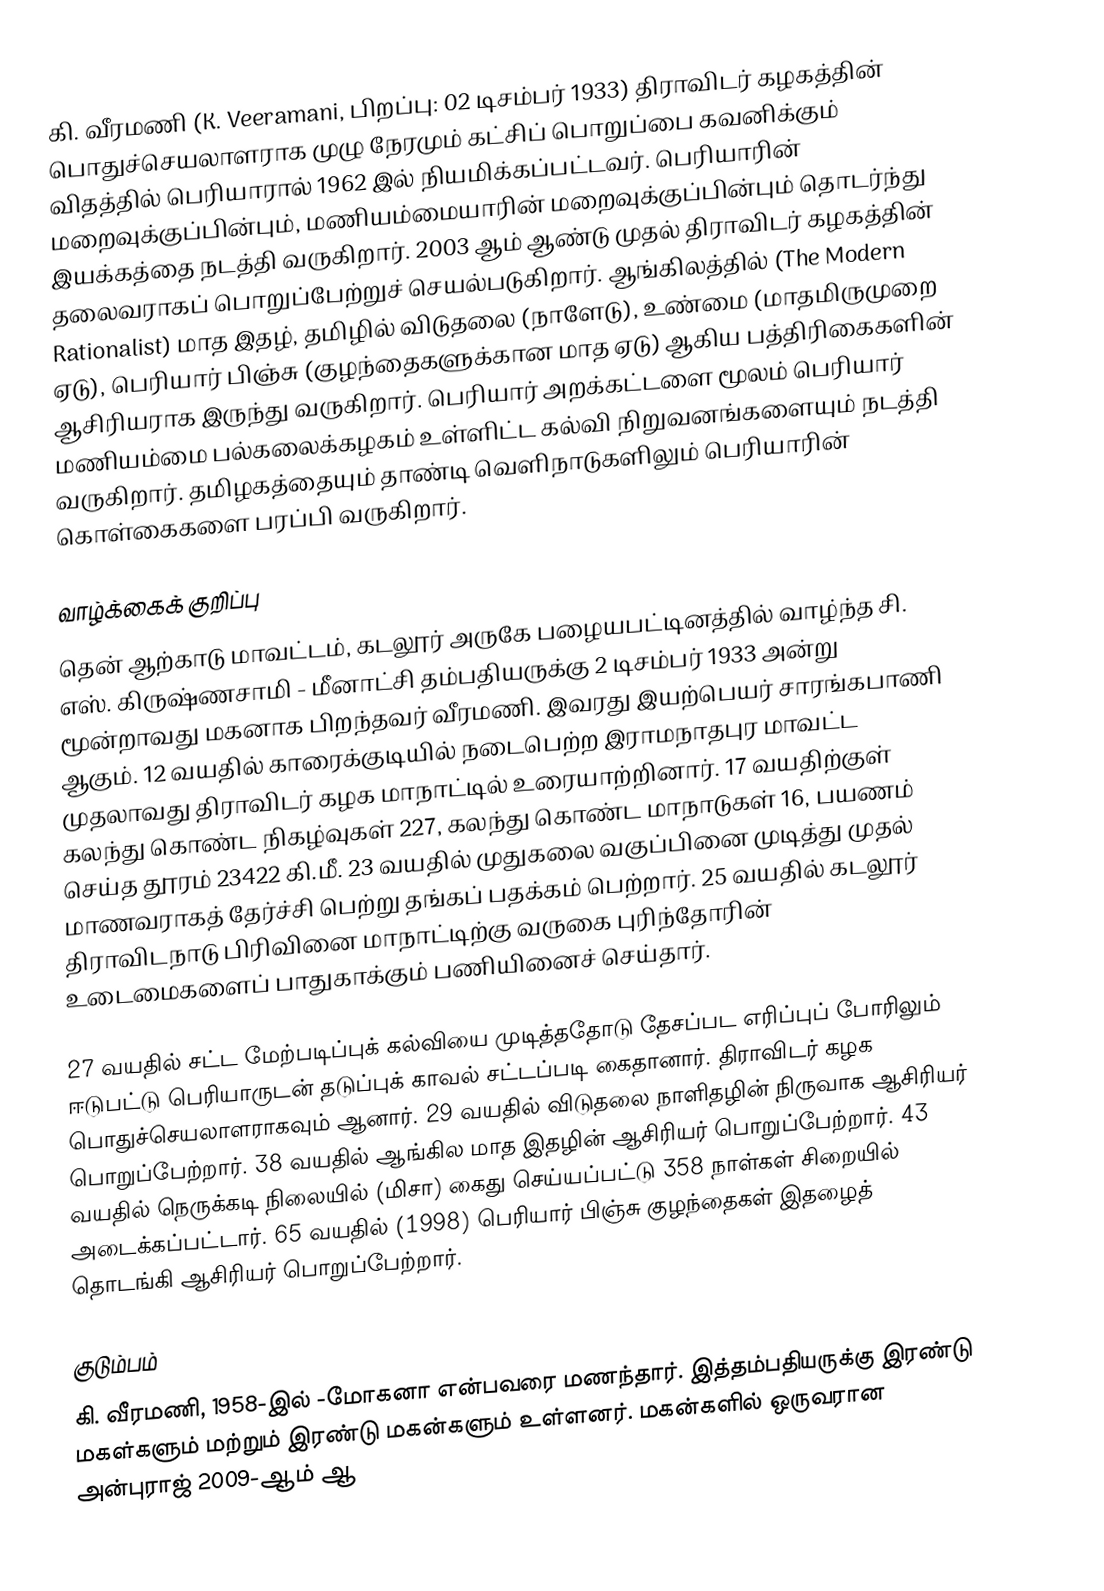
கி. வீரமணி (K. Veeramani, பிறப்பு: 02 டிசம்பர் 1933) திராவிடர் கழகத்தின் பொதுச்செயலாளராக முழு நேரமும் கட்சிப் பொறுப்பை கவனிக்கும் விதத்தில் பெரியாரால் 1962 இல் நியமிக்கப்பட்டவர். பெரியாரின் மறைவுக்குப்பின்பும், மணியம்மையாரின் மறைவுக்குப்பின்பும் தொடர்ந்து இயக்கத்தை நடத்தி வருகிறார். 2003 ஆம் ஆண்டு முதல் திராவிடர் கழகத்தின் தலைவராகப் பொறுப்பேற்றுச் செயல்படுகிறார். ஆங்கிலத்தில் (The Modern Rationalist) மாத இதழ், தமிழில் விடுதலை (நாளேடு), உண்மை (மாதமிருமுறை ஏடு), பெரியார் பிஞ்சு (குழந்தைகளுக்கான மாத ஏடு) ஆகிய பத்திரிகைகளின் ஆசிரியராக இருந்து வருகிறார். பெரியார் அறக்கட்டளை மூலம் பெரியார் மணியம்மை பல்கலைக்கழகம் உள்ளிட்ட கல்வி நிறுவனங்களையும் நடத்தி வருகிறார். தமிழகத்தையும் தாண்டி வெளிநாடுகளிலும் பெரியாரின் கொள்கைகளை பரப்பி வருகிறார்.

வாழ்க்கைக் குறிப்பு
தென் ஆற்காடு மாவட்டம், கடலூர் அருகே பழையபட்டினத்தில் வாழ்ந்த சி. எஸ். கிருஷ்ணசாமி - மீனாட்சி தம்பதியருக்கு   2 டிசம்பர் 1933 அன்று மூன்றாவது மகனாக  பிறந்தவர் வீரமணி. இவரது இயற்பெயர் சாரங்கபாணி  ஆகும். 12 வயதில் காரைக்குடியில் நடைபெற்ற இராமநாதபுர மாவட்ட முதலாவது திராவிடர் கழக மாநாட்டில் உரையாற்றினார். 17 வயதிற்குள் கலந்து கொண்ட நிகழ்வுகள் 227, கலந்து கொண்ட மாநாடுகள் 16, பயணம் செய்த தூரம் 23422 கி.மீ. 23 வயதில் முதுகலை வகுப்பினை முடித்து முதல் மாணவராகத் தேர்ச்சி பெற்று தங்கப் பதக்கம் பெற்றார். 25 வயதில் கடலூர் திராவிடநாடு பிரிவினை மாநாட்டிற்கு வருகை புரிந்தோரின் உடைமைகளைப் பாதுகாக்கும் பணியினைச் செய்தார்.

27 வயதில் சட்ட மேற்படிப்புக் கல்வியை முடித்ததோடு தேசப்பட எரிப்புப் போரிலும் ஈடுபட்டு பெரியாருடன் தடுப்புக் காவல் சட்டப்படி கைதானார். திராவிடர் கழக பொதுச்செயலாளராகவும் ஆனார். 29 வயதில் விடுதலை நாளிதழின் நிருவாக ஆசிரியர் பொறுப்பேற்றார். 38 வயதில் ஆங்கில மாத இதழின் ஆசிரியர் பொறுப்பேற்றார். 43 வயதில் நெருக்கடி நிலையில் (மிசா) கைது செய்யப்பட்டு 358 நாள்கள் சிறையில் அடைக்கப்பட்டார். 65 வயதில் (1998) பெரியார் பிஞ்சு குழந்தைகள் இதழைத் தொடங்கி ஆசிரியர் பொறுப்பேற்றார்.

குடும்பம்
கி. வீரமணி, 1958-இல் -மோகனா என்பவரை மணந்தார். இத்தம்பதியருக்கு இரண்டு மகள்களும் மற்றும் இரண்டு மகன்களும் உள்ளனர். மகன்களில் ஒருவரான அன்புராஜ் 2009-ஆம் ஆ